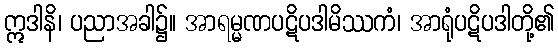
ဣဒါနိ၊ ပညာအခါ၌။ အာရမ္မဏပဋိပဒါမိဿကံ၊ အာရုံပဋိပဒါတို့၏